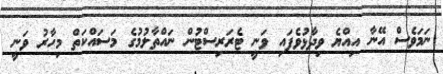
ނަމަވެސް އޭނާ އިއްޔެ ވިދާޅުވެފައި ވަނީ ޓެރަރިސްޓުން ނައްތާލުމުގެ މަސައްކަތް މިހާރު ވަނީ